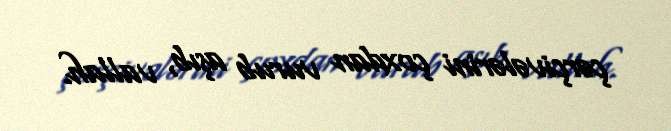
çərçivələrini çoxdan vurub aşıb, vallah.